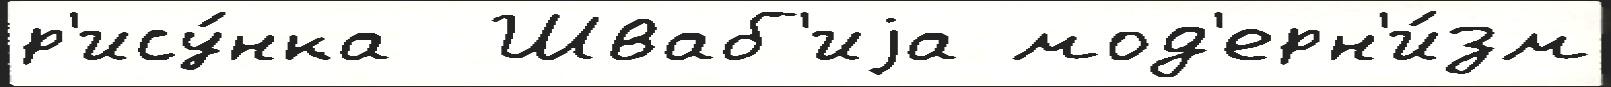
р'ису́нка  Шваб'иjа мод'ерн'и́зм